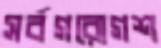
সর্বগরোগশ